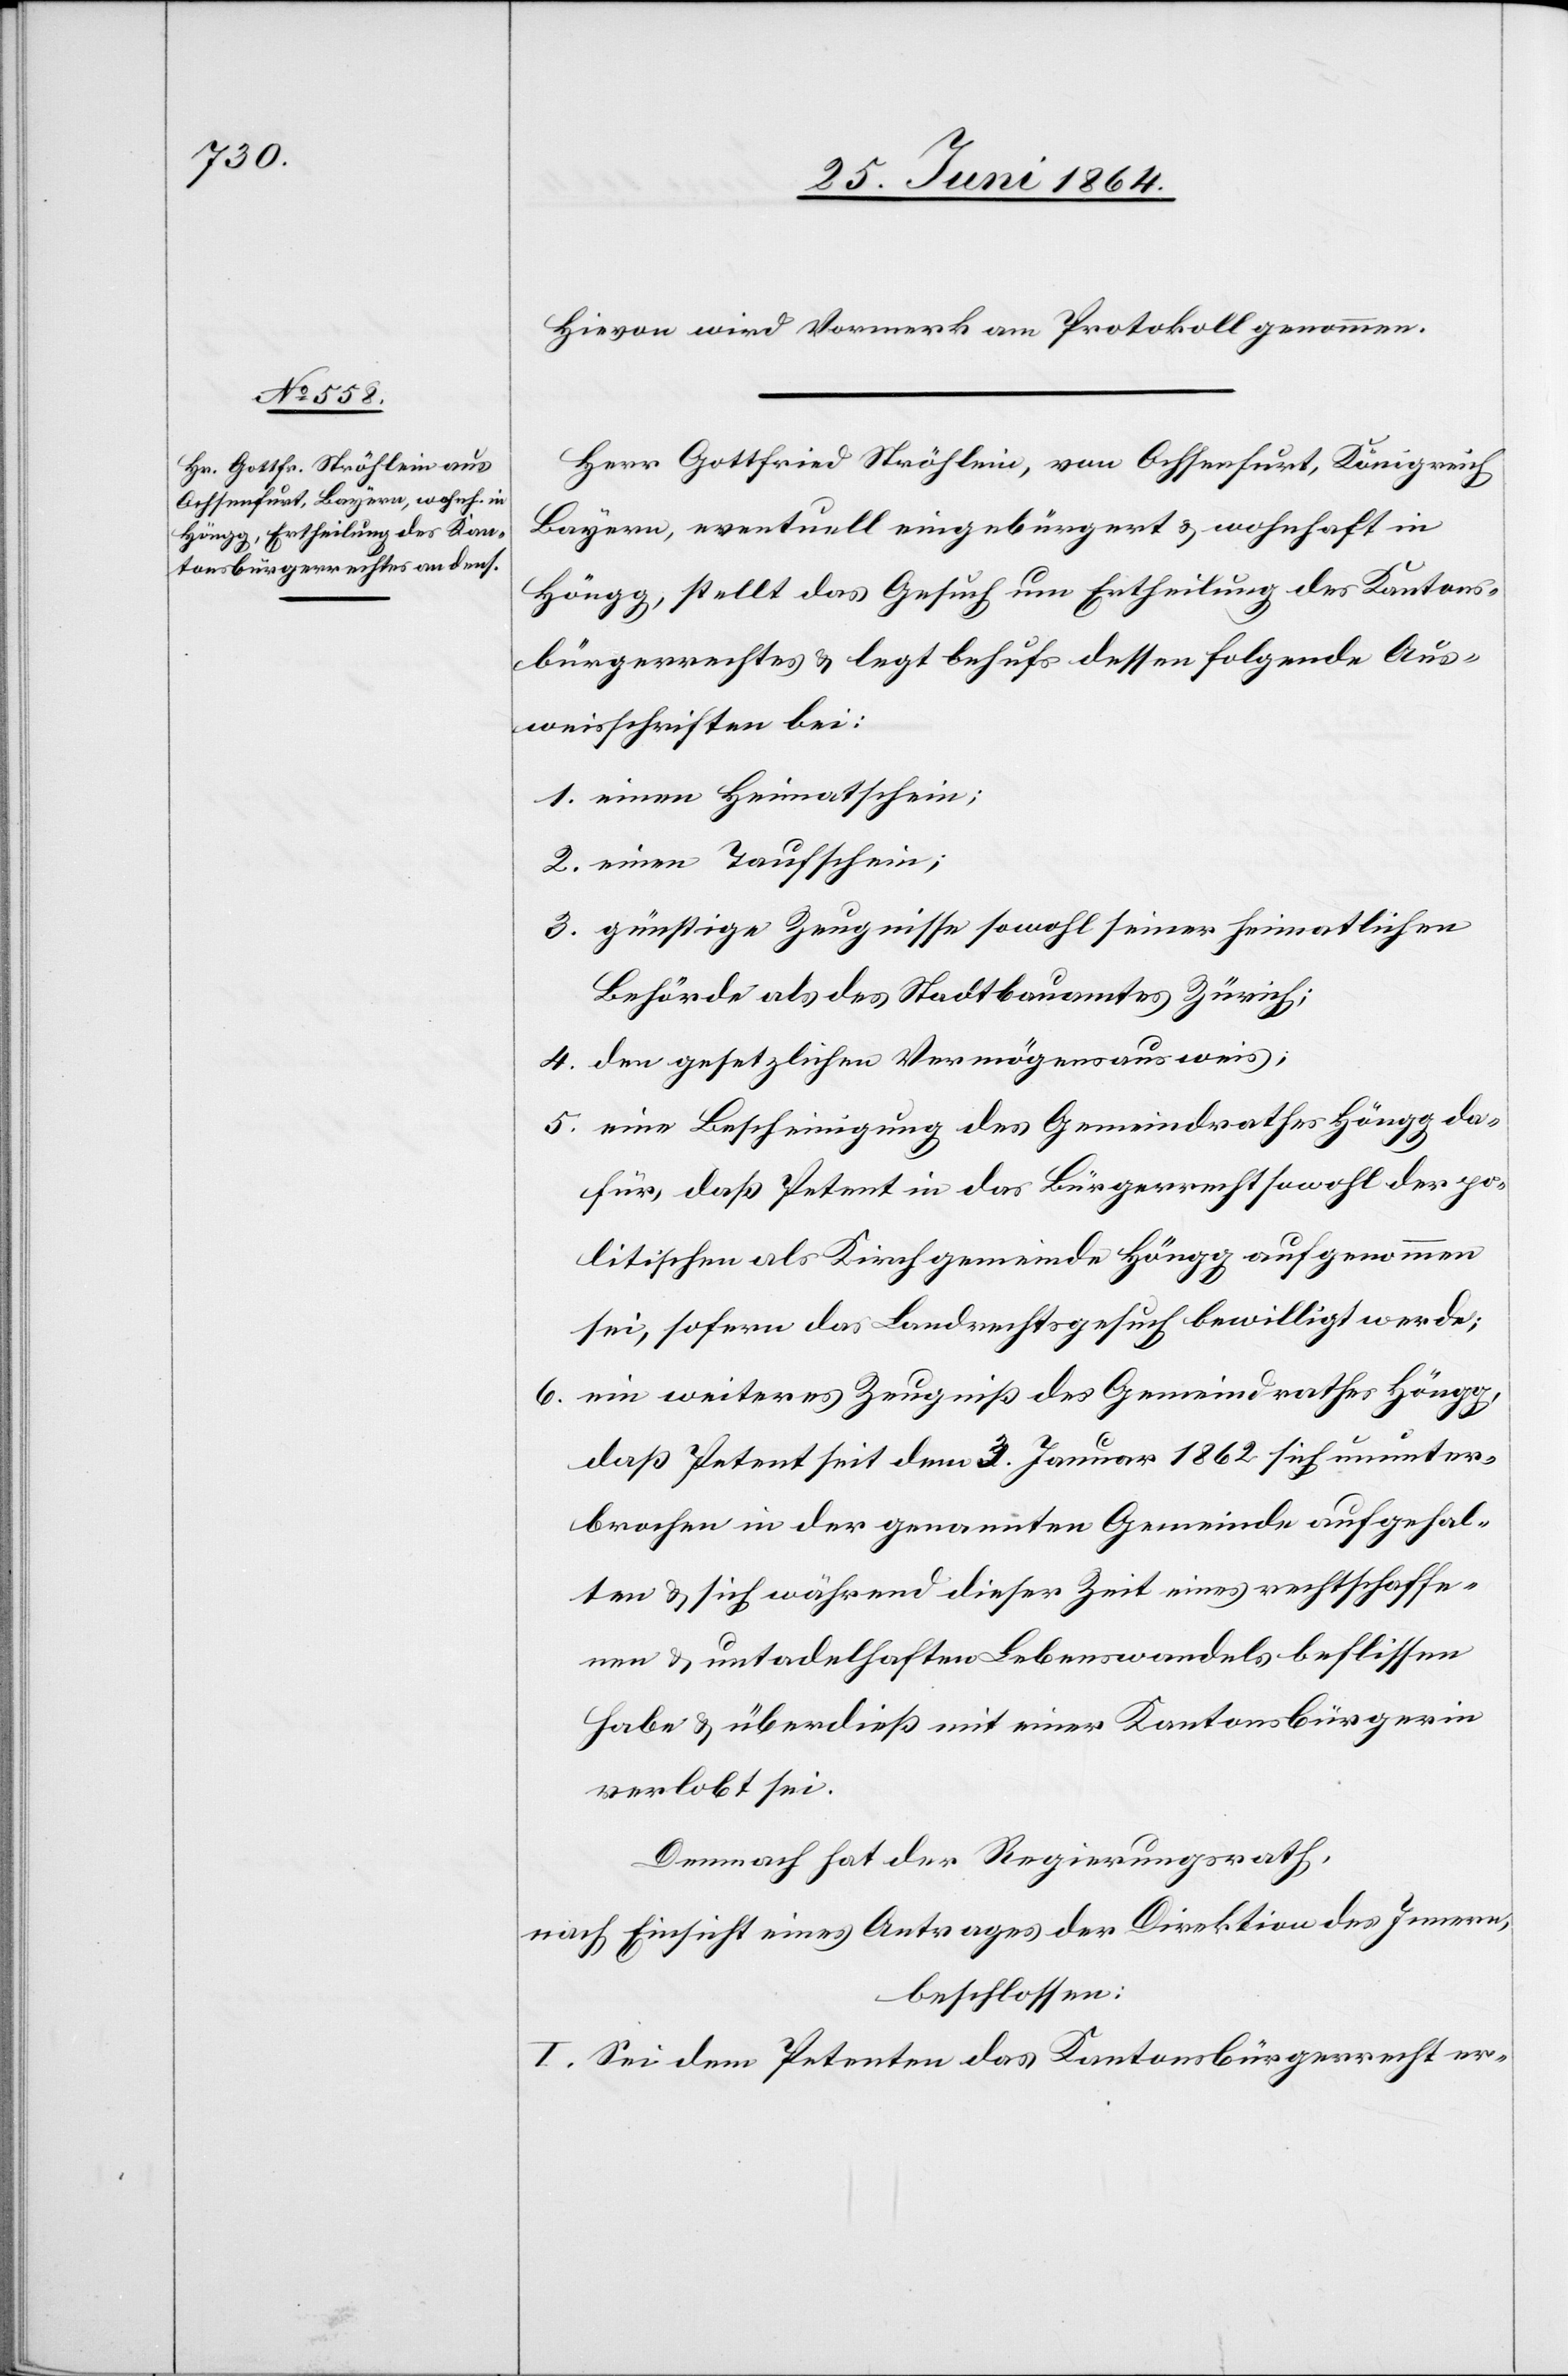
Hievon wird Vormerk am Protokoll genommen.
Herr Gottfried Ströhlein, von Ochsenfurt, Königreich
Bayern, eventuell eingebürgert u. wohnhaft in
Höngg, stellt das Gesuch um Ertheilung des Kantons¬
bürgerrechtes u. legt behufs dessen folgende Aus¬
weisschriften bei:
1. einen Heimatschein;
2. einen Taufschein;
3. günstige Zeugnisse sowohl seiner heimatlichen
Behörde als des Stadtbauamtes Zürich;
4. den gesetzlichen Vermögensausweis;
5. eine Bescheinigung des Gemeindrathes Höngg da¬
für, daß Petent in das Bürgerrecht sowohl der po¬
litischen als Kirchgemeinde Höngg aufgenommen
sei, sofern das Landrechtsgesuch bewilligt werde;
6. ein weiteres Zeugniß des Gemeindrathes Höngg,
daß Petent seit dem 3. Januar 1862 sich ununter¬
brochen in der genannten Gemeinde aufgehal¬
ten u. sich während dieser Zeit eines rechtschaffe¬
nen u. untadelhaften Lebenswandels beflissen
habe u. überdieß mit einer Kantonsbürgerin
verlobt sei.
Demnach hat der Regierungsrath,
nach Einsicht eines Antrages der Direktion des Innern,
beschlossen:
I. Sei dem Petenten das Kantonsbürgerrecht er-